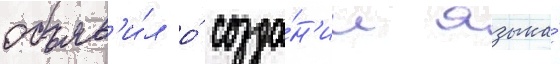
объяв'и́л о́ созда́н'ии языка́